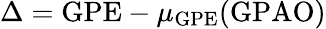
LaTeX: \Delta=\mathrm{GPE}-\mu_{\mathrm{GPE}}(\mathrm{GPAO})